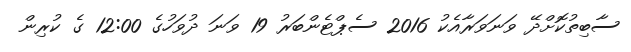
ސާބިތުކޮށްދޭ ވަނަވަރާއެކު 2016 ސެޕްޓެންބަރު 19 ވަނަ ދުވަހުގެ 12:00 ގެ ކުރިން